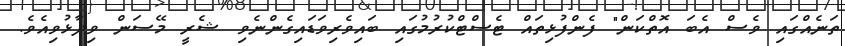
ތަނެއްގައި ވެސް އެބަ އޮތްކަން" ފެންފުޅިތައް ޓެސްޓްކުރުމުގައި ބައިވެރިވަޑައިގެންނެވި ޝެރީ މޭސަން ވިދާޅުވިއެވެ.